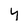
Character: y